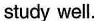
study well.